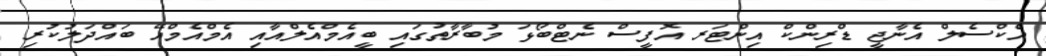
އެކްސެލް އެނާޖީ ޑްރިންކް އިންޓަރ އޮފީސް ނެޓްބޯޅަ މުބާރާތުގައި ބީއެމްއެލްއާއި އެމްއެމްއޭ ބައްދަލުކުރި